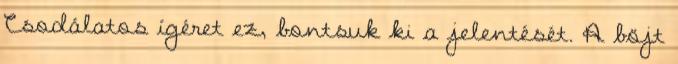
Csodálatos ígéret ez, bontsuk ki a jelentését. A böjt